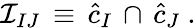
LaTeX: {\cal I}_{IJ}\, \equiv\, {\hat{c}}_{I}\, \cap\, {\hat{c}}_{J}\ .